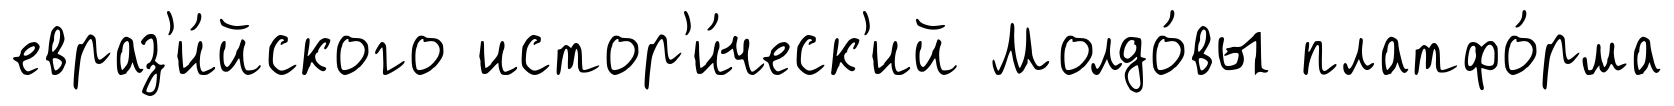
евраз'и́йского истор'и́ческ'ий Молдо́вы платфо́рма